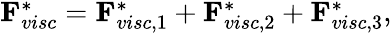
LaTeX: \begin{array}{r}{\mathbf{F}_{visc}^{*}=\mathbf{F}_{visc,1}^{*}+\mathbf{F}_{visc,2}^{*}+\mathbf{F}_{visc,3}^{*},}\end{array}